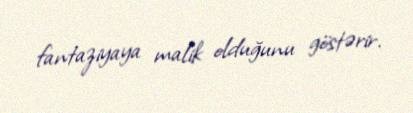
fantaziyaya malik olduğunu göstərir.